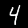
Label: 4